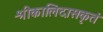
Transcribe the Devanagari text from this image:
श्रीकालिदासकृतं